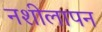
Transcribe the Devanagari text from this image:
नशीलापन